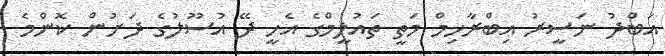
އަބްދު ނަސީރު އިބްރާހިމް މަތީ ތައުލީމްގެ އެހީ ދޭ އުސޫލުގެ ދަށުން ކޮންމެ